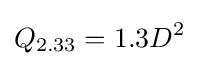
Q_{2.33}=1.3D^{2}